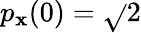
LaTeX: p_{\mathbf{x}}(0)=\sqrt{}{{2}}